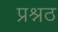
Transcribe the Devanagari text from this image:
प्रश्नठ